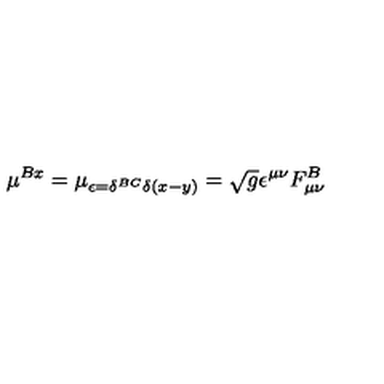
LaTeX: \mu ^ { B x } = \mu _ { \epsilon = \delta ^ { B C } \delta ( x - y ) } = \sqrt { g } \epsilon ^ { \mu \nu } F _ { \mu \nu } ^ { B }